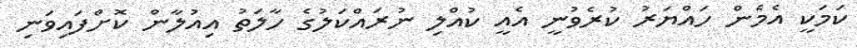
ކަމަކީ އެމެން ހައްޔަރު ކުރެވުނީ އެއީ ކުއްލި ނުރައްކަލުގެ ހާލަތު އިއުލާން ކޮށްފައިވަނި